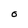
Character: O